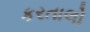
કરતાલો